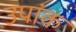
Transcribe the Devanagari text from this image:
उपांक